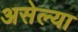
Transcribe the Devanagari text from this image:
असेल्या